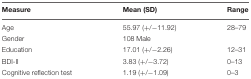
| Measure | Mean (SD) | Range |
 | --- | --- | --- |
 | Age | 55.97 (+/-11.92) | 28–79 |
 | Gender | 108 Male |  |
 | Education | 17.01 (+/-2.26) | 12–31 |
 | BDI-II | 3.83 (+/-3.72) | 0–13 |
 | Cognitive reflection test | 1.19 (+/-1.09) | 0–3 |